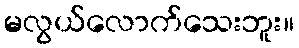
မလွယ်လောက်သေးဘူး။